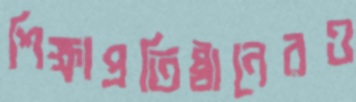
শিক্ষাপ্রতিষ্ঠানেরও